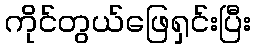
ကိုင်တွယ်ဖြေရှင်းပြီး